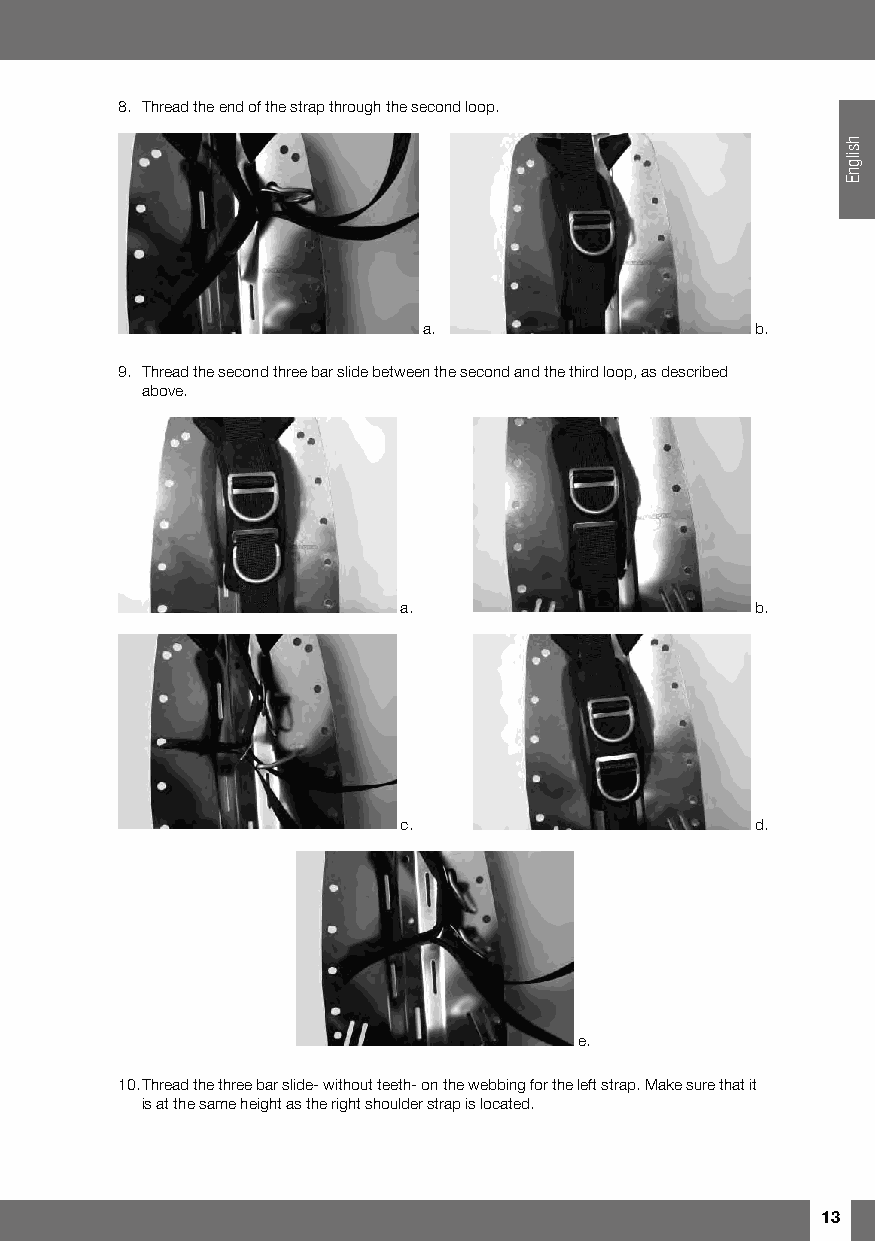
8. Thread the end of the strap through the second loop.
 a.                    b.
 9. Thread the second three bar slide between the second and the third loop, as described
 above.
 a.                      b.
 c.                      d.
 e.
 10. Thread the three bar slide- without teeth- on the webbing for the left strap. Make sure that it
 is at the same height as the right shoulder strap is located.
 13
 hsilgnE